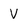
Character: V